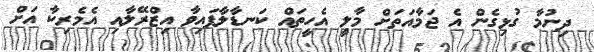
ދިނުމާ ގުޅިގެން އެ ޖަމާއަތަށް މާލީ އެހީތައް ކަނޑާލާފައިވާ އިޒްރޭލާއި އެމެރިކާ އަށް